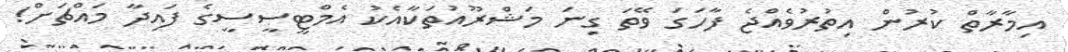
އިމާރާތް ކުރުން އިތުރުވެއްޖެ ފާހަގަ ވޭތަ ގިނަ މަޝްރޫއުތަކާއެކު އެމްޓީސީސީގެ ފައިދާ މައްޗަށް!